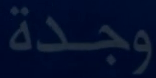
وجدة